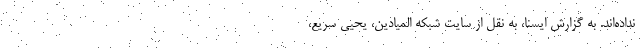
نداده‌اند. به گزارش ایسنا، به نقل از سایت شبکه المیادین، یحیی سریع،